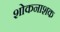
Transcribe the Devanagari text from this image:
शोकनाशक